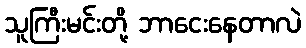
သူကြီးမင်းတို့ ဘာငေးနေတာလဲ